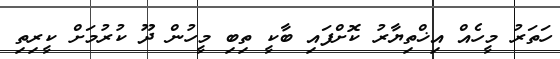
ހަތަރު މީހެއް އިޚްތިޔާރު ކޮށްފައި ބާކީ ތިބި މީހުން ދޫ ކުރުމަށް ކީރިތި